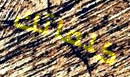
كلماتك